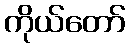
ကိုယ်တော်